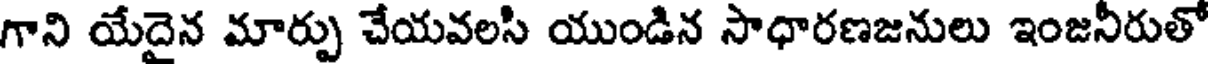
గాని యేదైన మార్పు చేయవలసి యుండిన సాధారణజనులు ఇంజనీరుతో